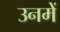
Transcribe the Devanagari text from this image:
उनमेें